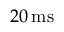
2 0 \, \mathrm { m s }